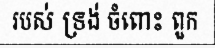
របស់ ទ្រង់ ចំពោះ ពួក